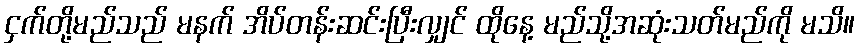
ငှက်တို့မည်သည် မနက် အိပ်တန်းဆင်းပြီးလျှင် ထိုနေ့ မည်သို့အဆုံးသတ်မည်ကို မသိ။